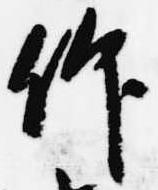
仰